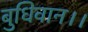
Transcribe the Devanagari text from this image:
बुधिवान।।